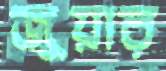
জুয়ার